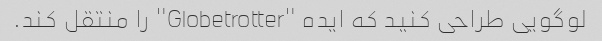
لوگویی طراحی کنید که ایده "Globetrotter" را منتقل کند.